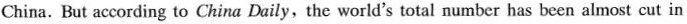
China. But according to China Daily, the world's total number has been almost cut in